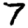
Digit: 7